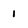
Character: 1